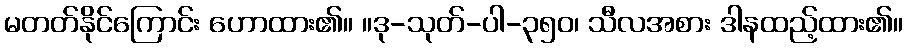
မတတ်နိုင်ကြောင်း ဟောထား၏။ ။ဒု-သုတ်-ပါ-၃၅၀၊ သီလအစား ဒါနထည့်ထား၏။